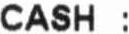
CASH :